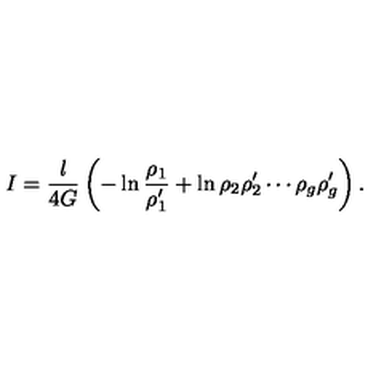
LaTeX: I = { \frac { l } { 4 G } } \left( - \ln { \frac { \rho _ { 1 } } { \rho _ { 1 } ^ { \prime } } } + \ln { \rho _ { 2 } \rho _ { 2 } ^ { \prime } \cdots \rho _ { g } \rho _ { g } ^ { \prime } } \right) .